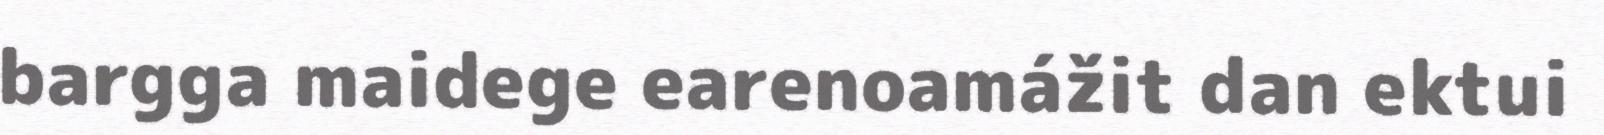
bargga maidege earenoamážit dan ektui